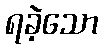
ရခဲ့သော